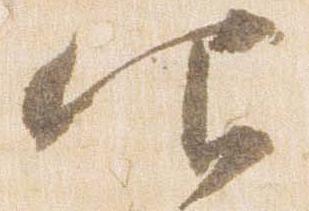
仰